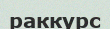
раккурс